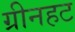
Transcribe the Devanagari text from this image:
ग्रीनहट